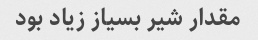
مقدار شیر بسیاز زیاد بود